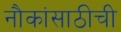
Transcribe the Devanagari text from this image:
नौकांसाठीची